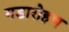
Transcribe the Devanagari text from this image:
गडारोहण